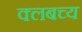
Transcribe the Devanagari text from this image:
क्लबच्य